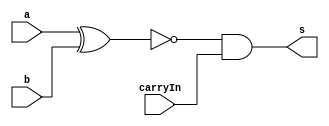
/*
 * Exemplo_0803 - GATES
 * Nome Gabriel Vargas Bento de Souza
*/

// -------------------------
// is equals
// -------------------------
module isEquals ( output s,
                  input  a, b,
                  input  carryIn );

   // temporario
   wire tmp;

   // descrever por portas e/ou modulos
   xnor XNOR1 (tmp, a, b);
   and  AND1  (s, tmp, carryIn);

endmodule // isEquals

// -------------------------
// main
// -------------------------
module test_isEquals;
   
   // definir dados
   reg  [4:0] x;
   reg  [4:0] y;
   wire [4:0] igualdade;
   wire result;

   //           ( s,            a,    b,    carryIn  );
   isEquals IE0 ( igualdade[0], x[0], y[0], 1'b1 );
   isEquals IE1 ( igualdade[1], x[1], y[1], igualdade[0] );
   isEquals IE2 ( igualdade[2], x[2], y[2], igualdade[1] );
   isEquals IE3 ( igualdade[3], x[3], y[3], igualdade[2] );
   isEquals IE4 ( igualdade[4], x[4], y[4], igualdade[3] );

   or OR1 (result, igualdade[4], 0);
   
   // parte principal
   initial
   begin : main
      $display("Exemplo_0803 - Gabriel Vargas Bento de Souza - 778023");
      $display("ALU's is Equals\n");
      $display("  x       y     isEqual(x,y)  ");

      // projetar testes de igualdades
         $monitor("%5b %7b %8b", x, y, result);
         x = 5'b00111; y = 5'b00111;
      #1 x = 5'b11001; y = 5'b01101;
      #1 x = 5'b00001; y = 5'b00001;
      #1 x = 5'b01000; y = 5'b10101;
      #1 x = 5'b00000; y = 5'b01011;
   end
endmodule // test_isEquals

// -------------------------
// test
// -------------------------
/*
---------- previsao ----------

    x        y      igual?
  00111    00111      1
  11001    01101      0
  00001    00001      1
  01000    10101      0
  00000    01011      0

---------- execucao ----------

C:\Users\Gabriel\Desktop\CC-PUC\2Periodo\ARQ1\Tarefas\Guia08>vvp Exemplo_0803.vvp
Exemplo_0803 - Gabriel Vargas Bento de Souza - 778023
ALU's is Equals

  x       y     isEqual(x,y)
00111   00111        1
11001   01101        0
00001   00001        1
01000   10101        0
00000   01011        0
*/